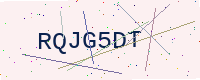
Text: RQJG5DT